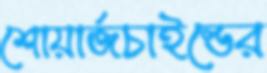
শোয়ার্জচাইল্ডের